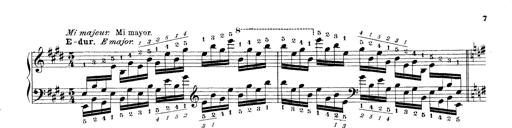
Title: Technische Studien
Composer: Franz Liszt